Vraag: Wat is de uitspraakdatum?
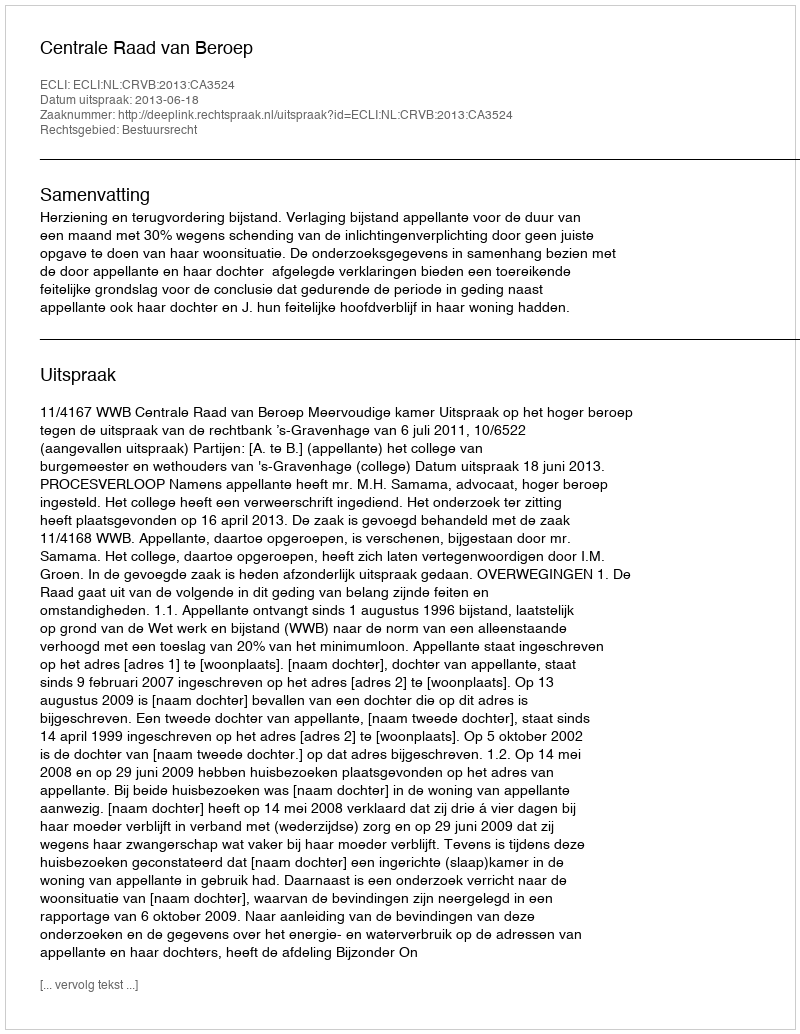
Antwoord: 2013-06-18